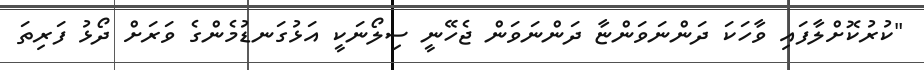
"ކުރުކޮށްލާފައި ވާހަކަ ދަންނަވަންޏާ ދަންނަވަން ޖެހޭނީ ސިލޯނަކީ އަޅުގަނޑުމެންގެ ވަރަށް ދޯޅު ފަރިތަ